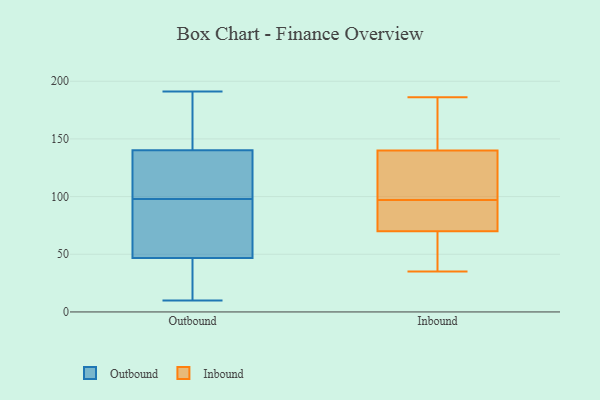
{"axis": {"x": "Revenue (USD Million)", "y": "Value"}, "legend": ["Inbound", "Outbound"], "data": [{"x": "", "y": 135, "type": "Outbound"}, {"x": "", "y": 16, "type": "Outbound"}, {"x": "", "y": 80, "type": "Outbound"}, {"x": "", "y": 137, "type": "Outbound"}, {"x": "", "y": 67, "type": "Outbound"}, {"x": "", "y": 172, "type": "Outbound"}, {"x": "", "y": 73, "type": "Outbound"}, {"x": "", "y": 123, "type": "Outbound"}, {"x": "", "y": 98, "type": "Outbound"}, {"x": "", "y": 40, "type": "Outbound"}, {"x": "", "y": 191, "type": "Outbound"}, {"x": "", "y": 150, "type": "Outbound"}, {"x": "", "y": 11, "type": "Outbound"}, {"x": "", "y": 10, "type": "Outbound"}, {"x": "", "y": 49, "type": "Outbound"}, {"x": "", "y": 177, "type": "Outbound"}, {"x": "", "y": 113, "type": "Outbound"}, {"x": "", "y": 70, "type": "Inbound"}, {"x": "", "y": 35, "type": "Inbound"}, {"x": "", "y": 127, "type": "Inbound"}, {"x": "", "y": 95, "type": "Inbound"}, {"x": "", "y": 186, "type": "Inbound"}, {"x": "", "y": 43, "type": "Inbound"}, {"x": "", "y": 88, "type": "Inbound"}, {"x": "", "y": 147, "type": "Inbound"}, {"x": "", "y": 99, "type": "Inbound"}, {"x": "", "y": 140, "type": "Inbound"}]}